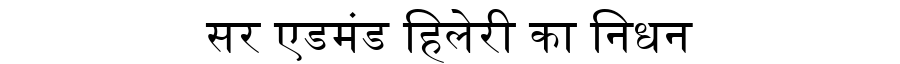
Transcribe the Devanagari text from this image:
सर एडमंड हिलेरी का निधन